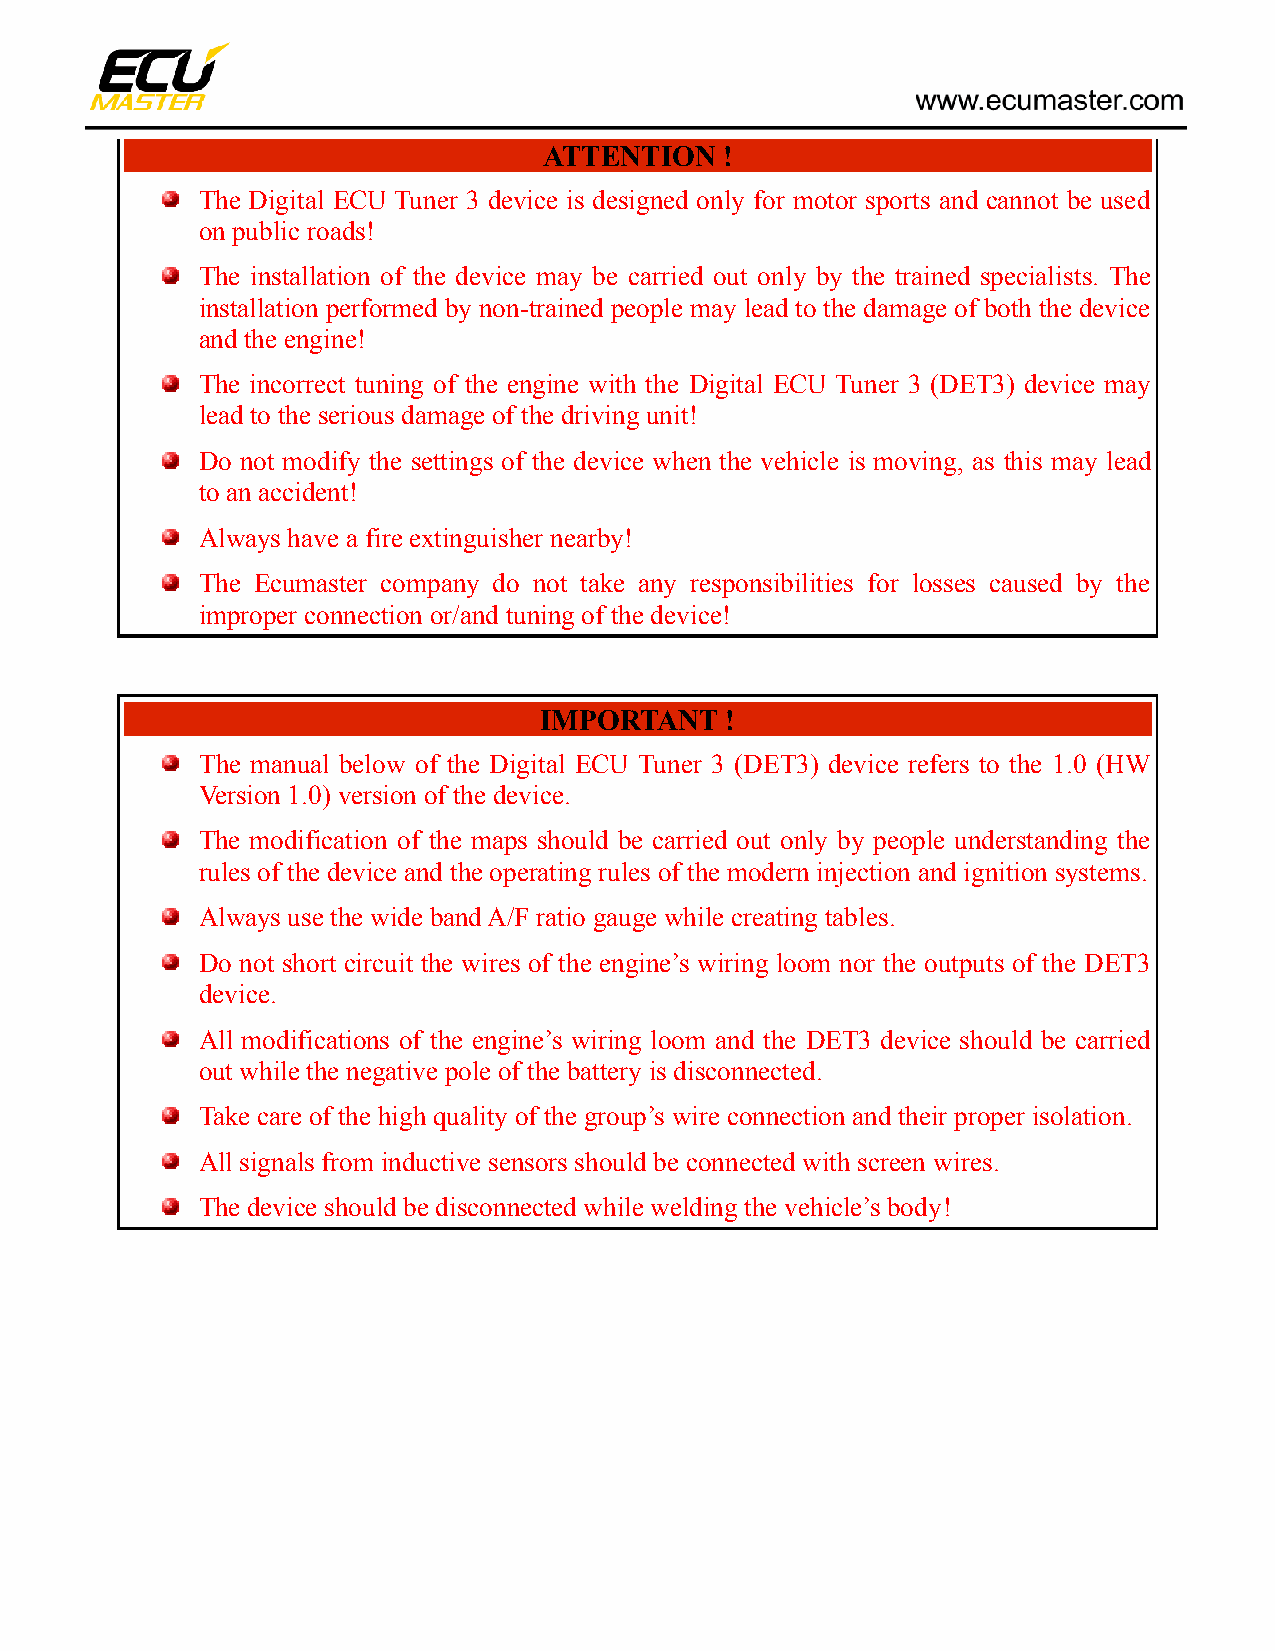
ATTENTION   !
 The Digital ECU Tuner 3 device is designed only for motor sports and cannot be used
 on public roads!
 The installation of the device may be carried out only by the trained specialists. The
 installation performed by non-trained people may lead to the damage of both the device
 and the engine!
 The incorrect tuning of the engine with the Digital ECU Tuner 3 (DET3) device may
 lead to the serious damage of the driving unit!
 Do not modify the settings of the device when the vehicle is moving, as this may lead
 to an accident!
 Always have a fire extinguisher nearby!
 The Ecumaster company do not take any responsibilities for losses caused by the
 improper connection or/and tuning of the device!
 IMPORTANT   !
 The manual below of the Digital ECU Tuner 3 (DET3) device refers to the 1.0 (HW
 Version 1.0) version of the device.
 The modification of the maps should be carried out only by people understanding the
 rules of the device and the operating rules of the modern injection and ignition systems.
 Always use the wide band A/F ratio gauge while creating tables.
 Do not short circuit the wires of the engine’s wiring loom nor the outputs of the DET3
 device.
 All modifications of the engine’s wiring loom and the DET3 device should be carried
 out while the negative pole of the battery is disconnected.
 Take care of the high quality of the group’s wire connection and their proper isolation.
 All signals from inductive sensors should be connected with screen wires.
 The device should be disconnected while welding the vehicle’s body!